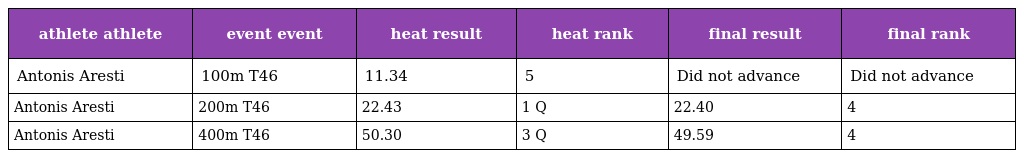
| athlete athlete | event event | heat result | heat rank | final result | final rank |
 | --- | --- | --- | --- | --- | --- |
 | Antonis Aresti | 100m T46 | 11.34 | 5 | Did not advance | Did not advance |
 | Antonis Aresti | 200m T46 | 22.43 | 1 Q | 22.40 | 4 |
 | Antonis Aresti | 400m T46 | 50.30 | 3 Q | 49.59 | 4 |